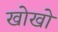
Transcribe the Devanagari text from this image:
खोखाे